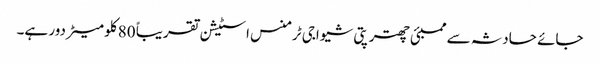
جائے حادثہ سے ممبئی چھترپتی شیواجی ٹرمنس اسٹیشن تقریباً 80 کلو میٹر دور ہے۔